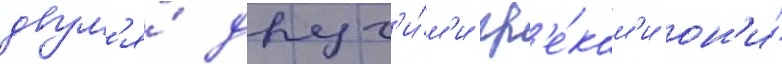
двум'я́ друг'и́м'и гр'е́кам'и он'и́